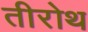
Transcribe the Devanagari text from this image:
तीरोथ